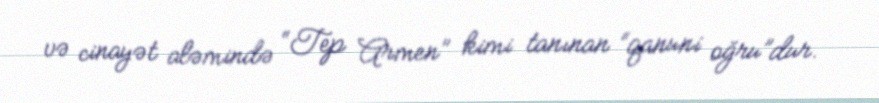
və cinayət aləmində “Tep Armen” kimi tanınan “qanuni oğru”dur.